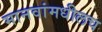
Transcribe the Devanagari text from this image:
मानवांमधीलच